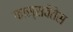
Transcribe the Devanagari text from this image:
कास्सवेतेस